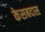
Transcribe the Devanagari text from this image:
केसबदास